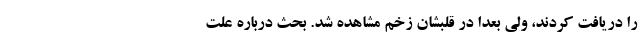
را دریافت کردند، ولی بعدا در قلبشان زخم مشاهده شد. بحث درباره علت